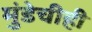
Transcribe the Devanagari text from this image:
मुंडेचीही